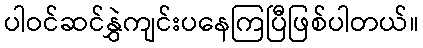
ပါဝင်ဆင်နွှဲကျင်းပနေကြပြီဖြစ်ပါတယ်။